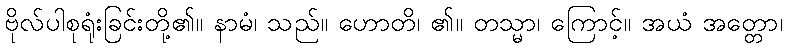
ဗိုလ်ပါစုရုံးခြင်းတို့၏။ နာမံ၊ သည်။ ဟောတိ၊ ၏။ တသ္မာ၊ ကြောင့်။ အယံ အတ္တော၊